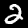
Digit: 2